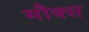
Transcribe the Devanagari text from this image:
मौक्स